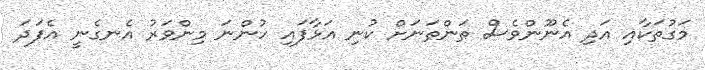
މަގުތަކާއި އަދި އެނޫންވެސް ތަންތަނަށް ކުނި އަޅާފައި ހުންނަ މިންވަރު އެނގެނީ އެފަދަ